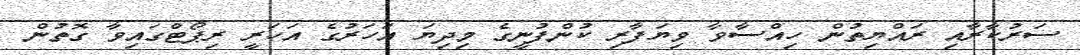
ސަރުކާރާއި ރައްޔިތުން ހިއްސާވާ ވިޔަފާރި ކުންފުނީގެ މިދިޔަ އަހަރުގެ އަހަރީ ރިޕޯޓްގައިވާ ގޮތުން